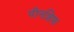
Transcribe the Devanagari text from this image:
पीनशिफ